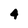
Character: 4